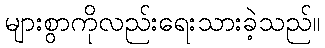
များစွာကိုလည်းရေးသားခဲ့သည်။